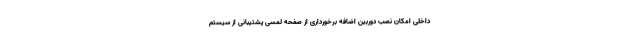
داخلی امکان نصب دوربین اضافه برخورداری از صفحه لمسی پشتیبانی از سیستم